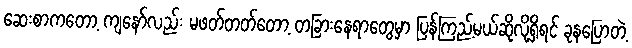
ဆေးစာကတော့ ကျနော်လည်း မဖတ်တတ်တော့ တခြားနေရာတွေမှာ ပြန်ကြည့်မယ်ဆိုလို့ရှိရင် ခုနပြောတဲ့